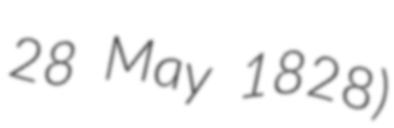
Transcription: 28 May 1828)